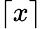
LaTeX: \lceil x\rceil